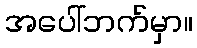
အပေါ်ဘက်မှာ။